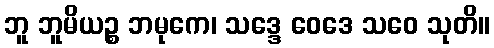
ဘူ ဘူမိယဉ္စ ဘမုကေ၊ သဒ္ဒေ ဝေဒေ သဝေ သုတိ။